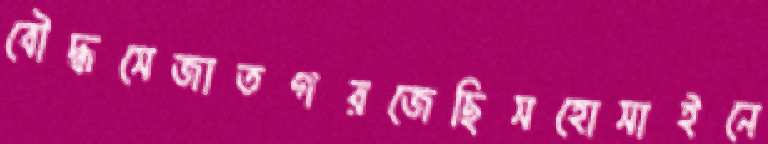
বৌদ্ধসেজাতগরজেছিসহোসাইনে